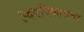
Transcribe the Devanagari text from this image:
ह्दयविकाराचा